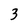
Character: 3